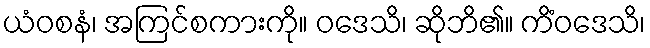
ယံဝစနံ၊ အကြင်စကားကို။ ဝဒေသိ၊ ဆိုဘိ၏။ ကိံဝဒေသိ၊